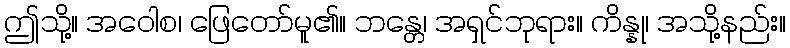
ဤသို့။ အဝေါစ၊ ဖြေတော်မူ၏။ ဘန္တေ၊ အရှင်ဘုရား။ ကိန္နု၊ အသို့နည်း။